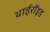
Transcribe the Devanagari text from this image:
थाईरॉइड